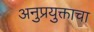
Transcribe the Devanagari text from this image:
अनुप्रयुक्ताचा